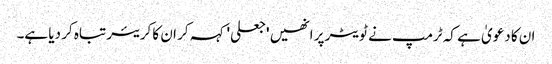
ان کا دعویٰ ہے کہ ٹرمپ نے ٹویٹر پر انھیں 'جعلی' کہہ کر ان کا کریئر تباہ کر دیا ہے۔